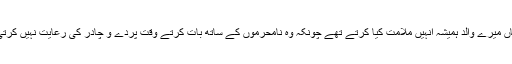
لیکن ہاں میرے والد ہمیشہ انہیں ملامت کیا کرتے تھے چونکہ وہ نامحرموں کے ساتھ بات کرتے وقت پردے و چادر کی رعایت نہیں کرتی تھیں۔